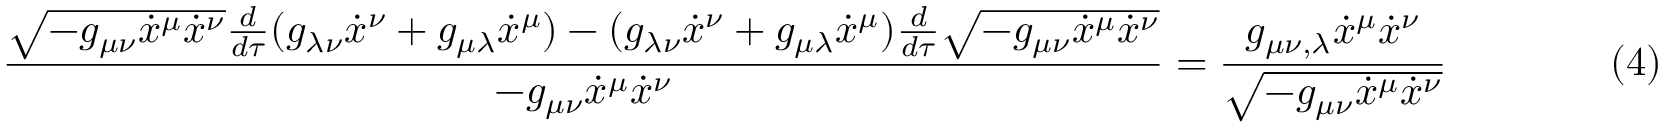
{ \frac { { \sqrt { - g _ { \mu \nu } { \dot { x } } ^ { \mu } { \dot { x } } ^ { \nu } } } { \frac { d } { d \tau } } ( g _ { \lambda \nu } { \dot { x } } ^ { \nu } + g _ { \mu \lambda } { \dot { x } } ^ { \mu } ) - ( g _ { \lambda \nu } { \dot { x } } ^ { \nu } + g _ { \mu \lambda } { \dot { x } } ^ { \mu } ) { \frac { d } { d \tau } } { \sqrt { - g _ { \mu \nu } { \dot { x } } ^ { \mu } { \dot { x } } ^ { \nu } } } } { - g _ { \mu \nu } { \dot { x } } ^ { \mu } { \dot { x } } ^ { \nu } } } = { \frac { g _ { \mu \nu , \lambda } { \dot { x } } ^ { \mu } { \dot { x } } ^ { \nu } } { \sqrt { - g _ { \mu \nu } { \dot { x } } ^ { \mu } { \dot { x } } ^ { \nu } } } } \qquad \qquad ( 4 )